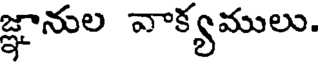
జ్ఞానుల వాక్యములు.